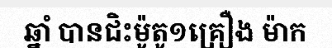
ឆ្នាំ បានជិះម៉ូតូ១គ្រឿង ម៉ាក